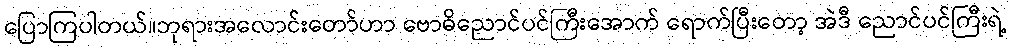
ပြောကြပါတယ်။ဘုရားအလောင်းတော်ဟာ ဗောဓိညောင်ပင်ကြီးအောက် ရောက်ပြီးတော့ အဲဒီ ညောင်ပင်ကြီးရဲ့